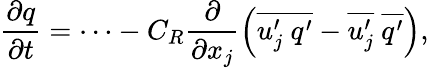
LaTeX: \frac{\partial q}{\partial t}=\cdots-C_{R}\frac{\partial}{\partial x_{j}}\left(\overline{{u_{j}^{\prime}~q^{\prime}}}-\overline{{u_{j}^{\prime}}}~\overline{{q^{\prime}}}\right),